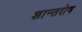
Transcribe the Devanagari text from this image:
शान्तरोष